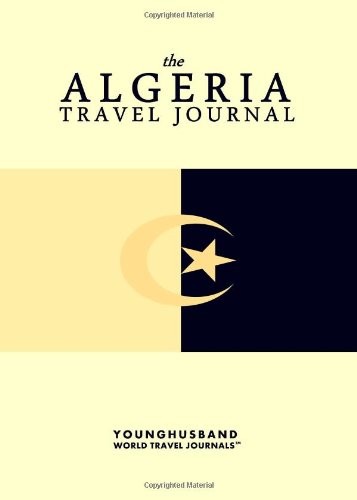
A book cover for The Algeria Travel Journal; Younghusband World Travel Journals; Travel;